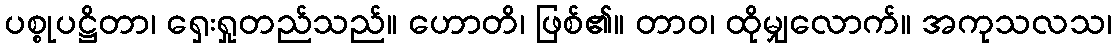
ပစ္စုပဋ္ဌိတာ၊ ရှေးရှုတည်သည်။ ဟောတိ၊ ဖြစ်၏။ တာဝ၊ ထိုမျှလောက်။ အကုသလသ၊